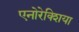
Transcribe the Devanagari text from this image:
एनोरेक्शिया